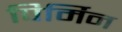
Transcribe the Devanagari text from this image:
पिर्मिन